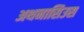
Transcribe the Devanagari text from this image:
अथनासिउस